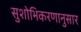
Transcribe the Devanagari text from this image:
सुशोभिकरणानुसार